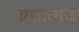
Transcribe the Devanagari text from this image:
ब्रह्मात्मज